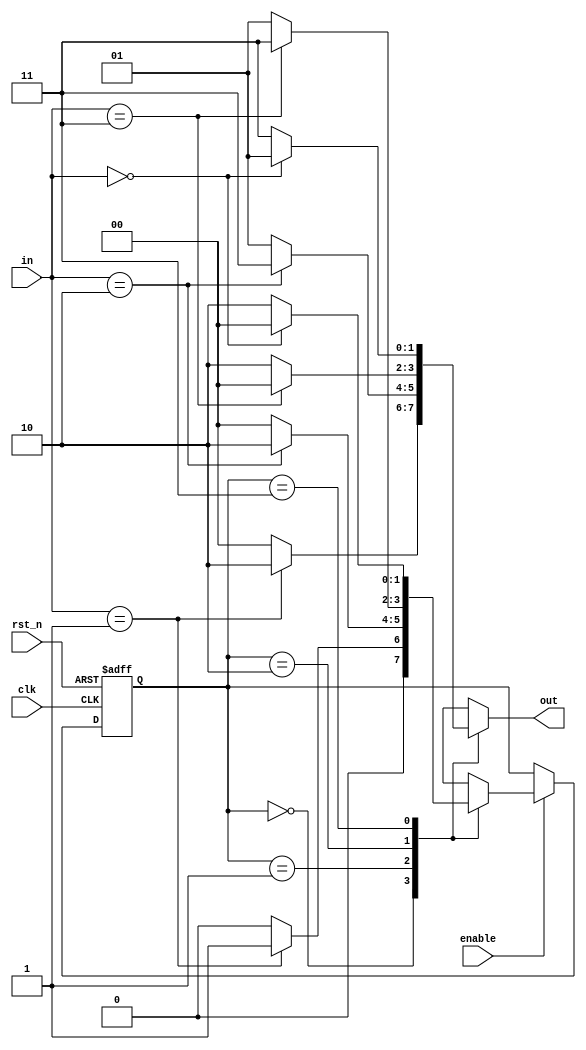
module mealy_state_machine (
    input wire clk,         // Clock signal
    input wire rst_n,      // Asynchronous active-low reset
    input wire enable,      // Enable signal
    input wire [1:0] in,    // 2-bit input signals
    output reg [1:0] out    // 2-bit output signals
);

// State encoding
localparam STATE_0 = 2'b00;
localparam STATE_1 = 2'b01;
localparam STATE_2 = 2'b10;
localparam STATE_3 = 2'b11;

// State register
reg [1:0] current_state, next_state;

// Next state logic
always @(*) begin
    if (!enable) begin
        next_state = current_state; // Hold state if not enabled
    end else begin
        case (current_state)
            STATE_0: begin
                if (in == 2'b01) 
                    next_state = STATE_1;
                else 
                    next_state = STATE_0;
            end
            STATE_1: begin
                if (in == 2'b10) 
                    next_state = STATE_2;
                else 
                    next_state = STATE_0; // Go back to STATE_0 on any other input
            end
            STATE_2: begin
                if (in == 2'b11) 
                    next_state = STATE_3;
                else 
                    next_state = STATE_1; // Transition based on input
            end
            STATE_3: begin
                if (in == 2'b00) 
                    next_state = STATE_0;
                else 
                    next_state = STATE_2; // Back to previous state
            end
            default: next_state = STATE_0;
        endcase
    end
end

// Output logic (Mealy output)
always @(*) begin
    case (current_state)
        STATE_0: out = (in == 2'b01) ? 2'b10 : 2'b00;
        STATE_1: out = (in == 2'b10) ? 2'b11 : 2'b01;
        STATE_2: out = (in == 2'b11) ? 2'b00 : 2'b10;
        STATE_3: out = (in == 2'b00) ? 2'b01 : 2'b11;
        default: out = 2'b00;
    endcase
end

// State register update logic
always @(posedge clk or negedge rst_n) begin
    if (!rst_n) begin
        current_state <= STATE_0; // Reset to initial state
    end else begin
        current_state <= next_state; // Update state on clock edge
    end
end

endmodule